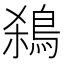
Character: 𪀣